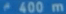
400 m